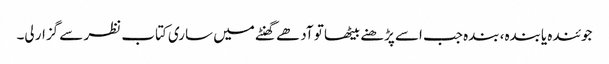
جوئندہ یابندہ، بندہ جب اسے پڑھنے بیٹھا تو آدھے گھنٹے میں ساری کتاب نظر سے گزار لی۔